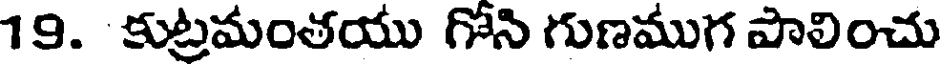
19. కుట్రమంతయు గోని గుణముగ పాలించు